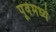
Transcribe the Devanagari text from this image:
पूर्वेमध्ये